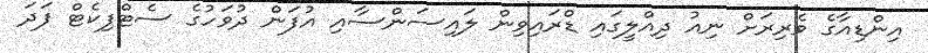
އިންޑިއާގެ ވެރިރަށް ނިއު ދިއްލީގައި ޑްރައިވިން ލައިސަންސާއި އުފަން ދުވަހުގެ ސެޓްފިކެޓް ފަދަ